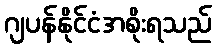
ဂျပန်နိုင်ငံအစိုးရသည်